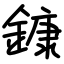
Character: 鏮